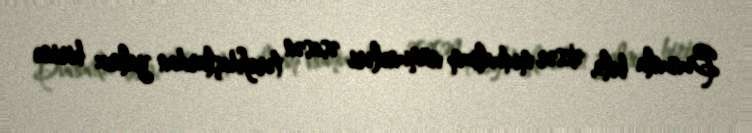
Bununla belə, əksər mutualizm nümunələri əsasən tərəfdaşlardan yalnız birinə